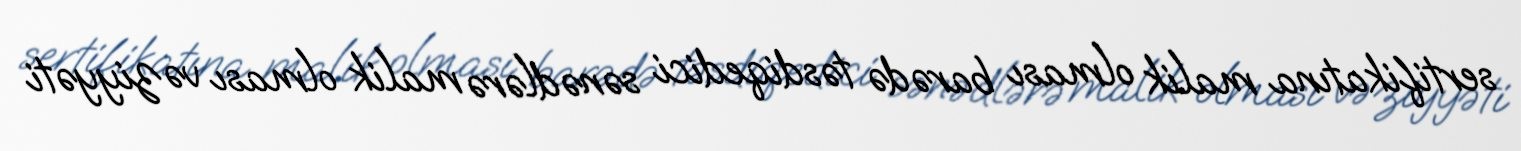
sertifikatına malik olması barədə təsdiqedici sənədlərə malik olması vəziyyəti